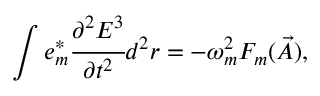
\int e _ { m } ^ { * } \cfrac { \partial ^ { 2 } E ^ { 3 } } { \partial t ^ { 2 } } d ^ { 2 } r = - \omega _ { m } ^ { 2 } F _ { m } ( \vec { A } ) ,